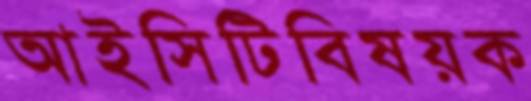
আইসিটিবিষয়ক